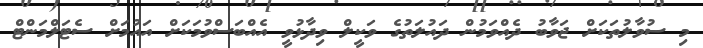
މި ސުވާލުތަކަށް ޖަވާބު ދެއްވަމުން ދައުލަތުގެ ވަކީލް ވިދާޅުވީ އެއްބަސްވުމަކަށް އައުމަށް ސެޓަލްމަންޓް